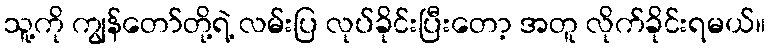
သူ့ကို ကျွန်တော်တို့ရဲ့ လမ်းပြ လုပ်ခိုင်းပြီးတော့ အတူ လိုက်ခိုင်းရမယ်။